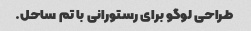
طراحی لوگو برای رستورانی با تم ساحل.